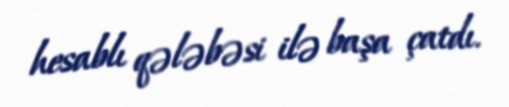
hesablı qələbəsi ilə başa çatdı.